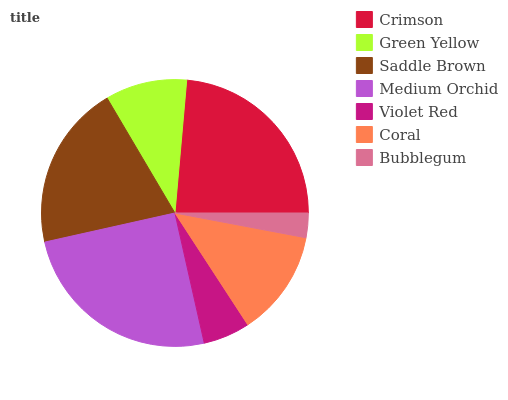
| Crimson | Green Yellow | Saddle Brown | Medium Orchid | Violet Red | Coral | Bubblegum |
 | --- | --- | --- | --- | --- | --- | --- |
 | 23.6% | 9.9% | 20.1% | 25% | 5.67% | 12.8% | 2.98% |